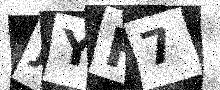
Text: JYH7